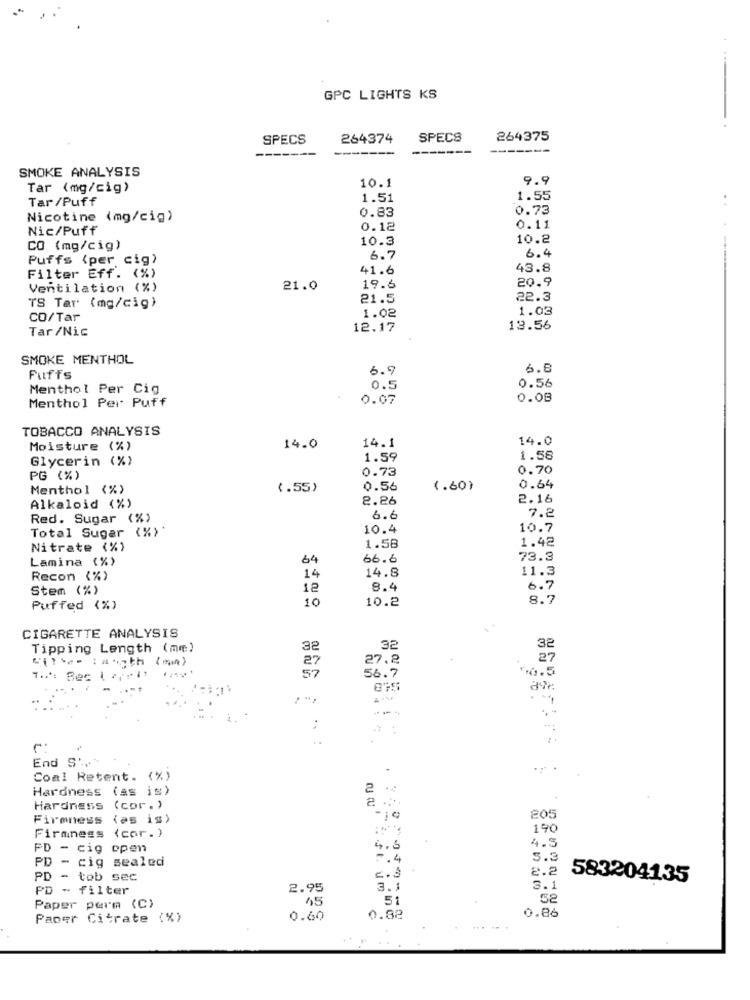
GPC LIGHTS KS
SPECS
264374
SPECS
264375
------
----
SMOKE ANALYSIS
9.9
Tar (mg/cig)
10.1
Tar /Puff
1.51
1.55
0.83
0.73
Nicotine (mg/cig)
Nic/Puff
0.12
0.11
10.3
10.2
CO (mg/cig)
6.4
Puffs (per cig)
6.7
41.6
43.8
Filter Eff. (%)
20.9
Ventilation (%)
21.0
19.6
21.5
22.3
TS Tar (mg/cig)
1.03
CO/Tar
1.02
Tar/Nic
12.17
13.56
SMOKE MENTHOL
6.9
6.8
Puffs
Menthol Per Cig
0.5
0.56
Menthol Per Puff
0.07
0.08
TOBACCO ANALYSIS
14.1
14.0
Moisture (%)
14.0
Glycerin (%)
1.59
1.56
0.73
0.70
PG (%)
Menthol (%)
(.55)
0.56
1.60)
0.64
2.26
2.16
Alkaloid (%)
7.2
Red. Sugar (%)
6.6
Total Sugar (%)
10.4
10.7
Nitrate (%)
1.58
1.42
Lamina (%)
64
66.6
73.3
14.8
11.3
Recon (%)
14
Stem (%)
12
8.4
6.7
10
10.2
8.7
Puffed (%)
CIGARETTE ANALYSIS
Tipping Length (mm)
32
32
32
27.2
27
27
57
6.5
56.7
End S',
.. .
Coal Retent. (%)
Hardness (as is)
2 *
Hardness (cor.)
Firmness (as is)
-10
205
190
Firmness (cor.)
FD - cig open
4.6
4.5
PD - cig sealed
5.3
2.2
PD - tob sec
583204135
PD - filter
2.95
3.1
5
52
Paper perm (C)
45
0.86
Paper Citrate (%)
0.60